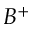
B ^ { + }